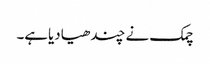
چمک نے چندھیادیاہے۔